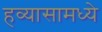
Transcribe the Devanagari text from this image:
हव्यासामध्ये